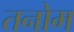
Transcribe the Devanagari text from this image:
तनोम